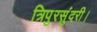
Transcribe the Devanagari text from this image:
त्रिपुरसुंदरी।